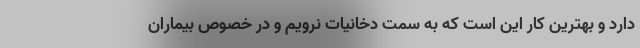
دارد و بهترین کار این است که به سمت دخانیات نرویم و در خصوص بیماران